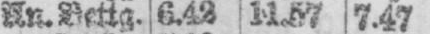
An.Bettg. 6.42 11.57 7.47